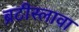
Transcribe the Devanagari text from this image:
ब्रटीस्लावा